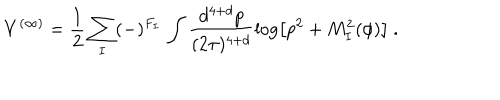
V ^ { ( \infty ) } = \frac { 1 } { 2 } \sum _ { I } ( - ) ^ { F _ { I } } \, \int \frac { d ^ { 4 + d } p } { ( 2 \pi ) ^ { 4 + d } } \log \left[ p ^ { 2 } + M _ { I } ^ { 2 } ( \phi ) \right] \ .